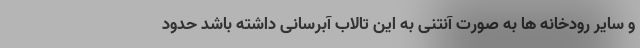
و سایر رودخانه ها به صورت آنتنی به این تالاب آبرسانی داشته باشد حدود